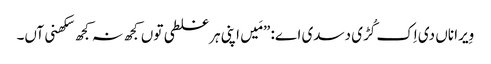
‏ وِیرا ناں دی اِک کُڑی دسدی اے:‏ ”‏مَیں اپنی ہر غلطی توں کجھ نہ کجھ سکھنی آں۔